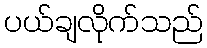
ပယ်ချလိုက်သည်